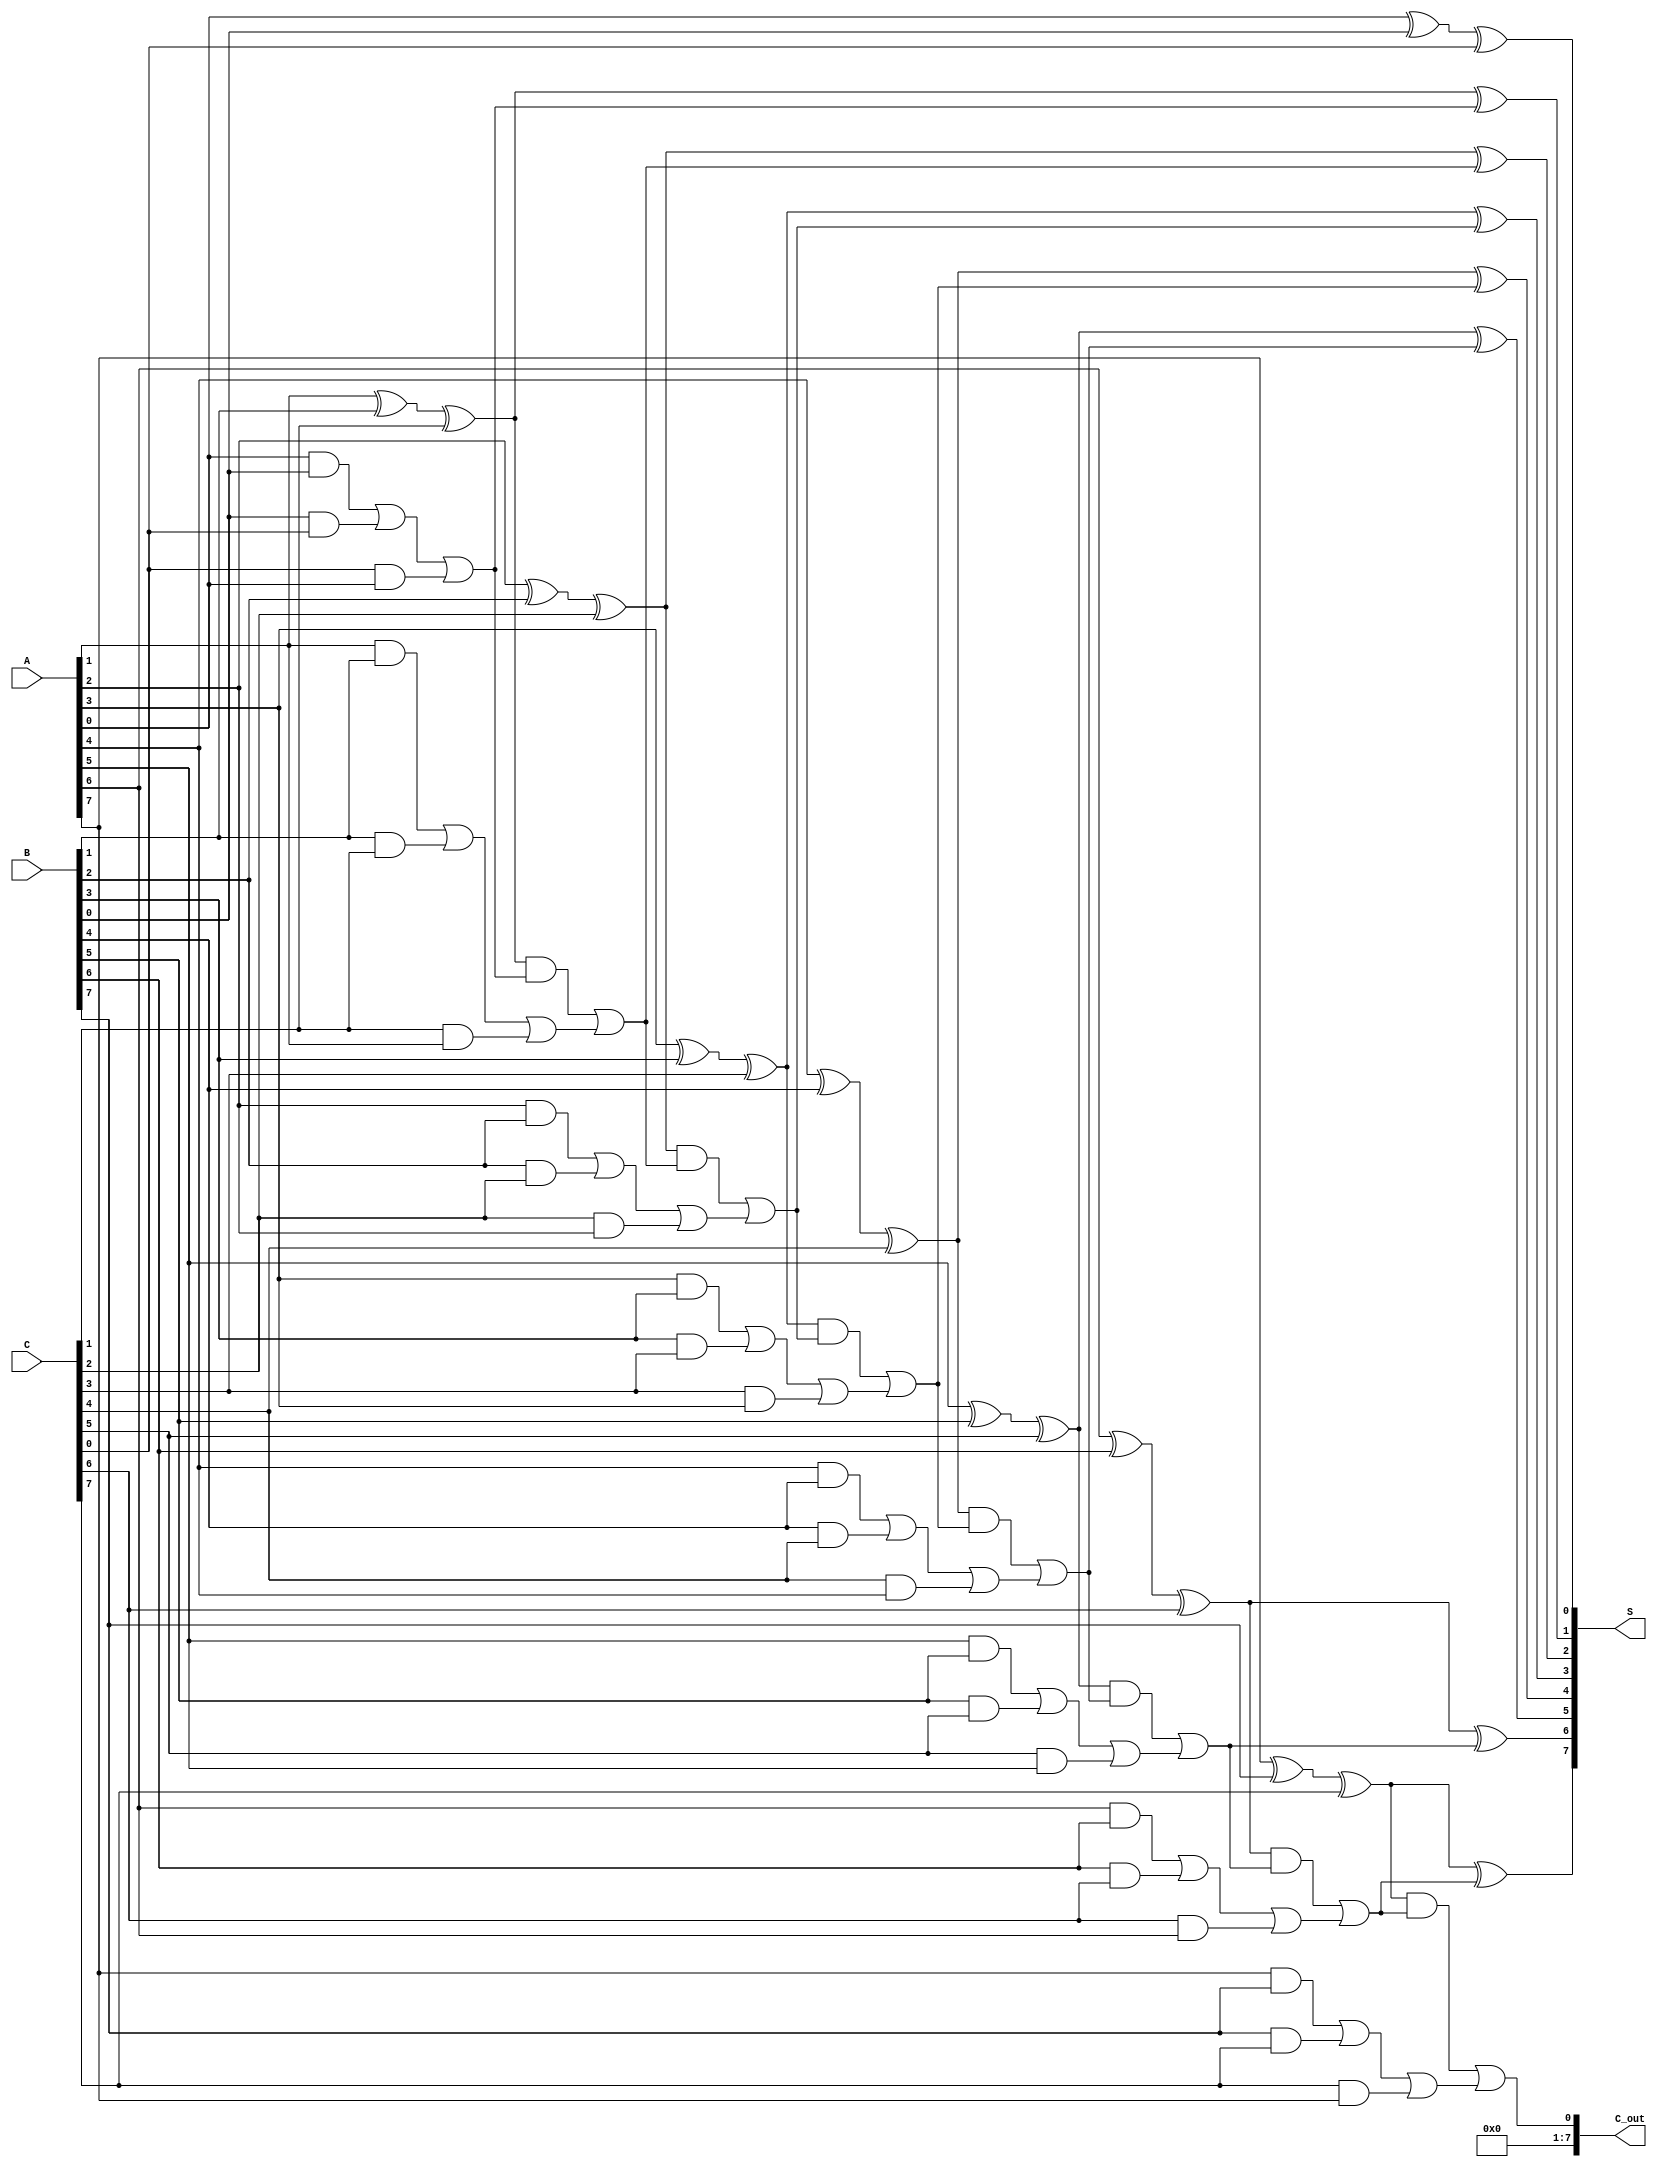
module carry_save_adder(
    input [N-1:0] A,
    input [N-1:0] B,
    input [N-1:0] C,
    output [N-1:0] S,
    output [N-1:0] C_out
);
    parameter N = 8; // Default bit-width, can be parameterized as needed
    
    // Intermediate wires for storing the partial sums and carries
    wire [N-1:0] partial_sum;
    wire [N-1:0] carry;

    // Generate the partial sum and carry for each bit
    genvar i;
    generate
        for (i = 0; i < N; i = i + 1) begin : adder_logic
            assign partial_sum[i] = A[i] ^ B[i] ^ C[i];  // Partial Sum: S_i
            assign carry[i] = (A[i] & B[i]) | (B[i] & C[i]) | (C[i] & A[i]); // Carry: C_i
        end
    endgenerate

    // Reduction tree using full adders for the accumulated carry and sum
    // Assuming 3 operands (for simplicity, can be expanded based on application)
    wire [N-1:0] sum_temp;
    wire [N-1:0] carry_temp;

    generate
        for (i = 0; i < N; i = i + 1) begin : reduction_tree
            if (i == 0) begin
                assign sum_temp[i] = partial_sum[i];
                assign carry_temp[i] = carry[i];
            end else begin
                assign sum_temp[i] = partial_sum[i] ^ carry_temp[i-1];
                assign carry_temp[i] = (partial_sum[i] & carry_temp[i-1]) | carry[i];
            end
        end
    endgenerate

    // Final outputs
    assign S = sum_temp;  // Final Sum Output
    assign C_out = carry_temp[N-1];  // Final Carry Out

endmodule